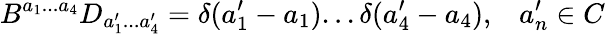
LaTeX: B^{a_{1}...a_{4}}D_{a_{1}^{\prime}...a_{4}^{\prime}}=\delta(a_{1}^{\prime}-a_{1})...\delta(a_{4}^{\prime}-a_{4}),\; \; \; a_{n}^{\prime}\in C